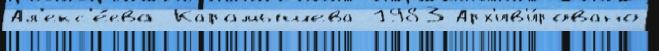
Ал'екс'е́ева Карамышева 1983 Арх'ив'и́ровано